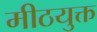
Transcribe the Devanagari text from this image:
मीठयुक्त